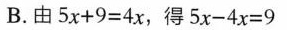
B.由5x+9=4x，得5x-4x=9